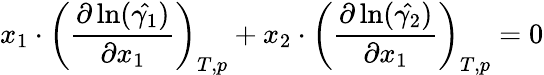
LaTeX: x_{1}\cdot\left(\frac{\partial\ln(\hat{\gamma_{1}})}{\partial x_{1}}\right)_{T,p}+x_{2}\cdot\left(\frac{\partial\ln(\hat{\gamma_{2}})}{\partial x_{1}}\right)_{T,p}=0